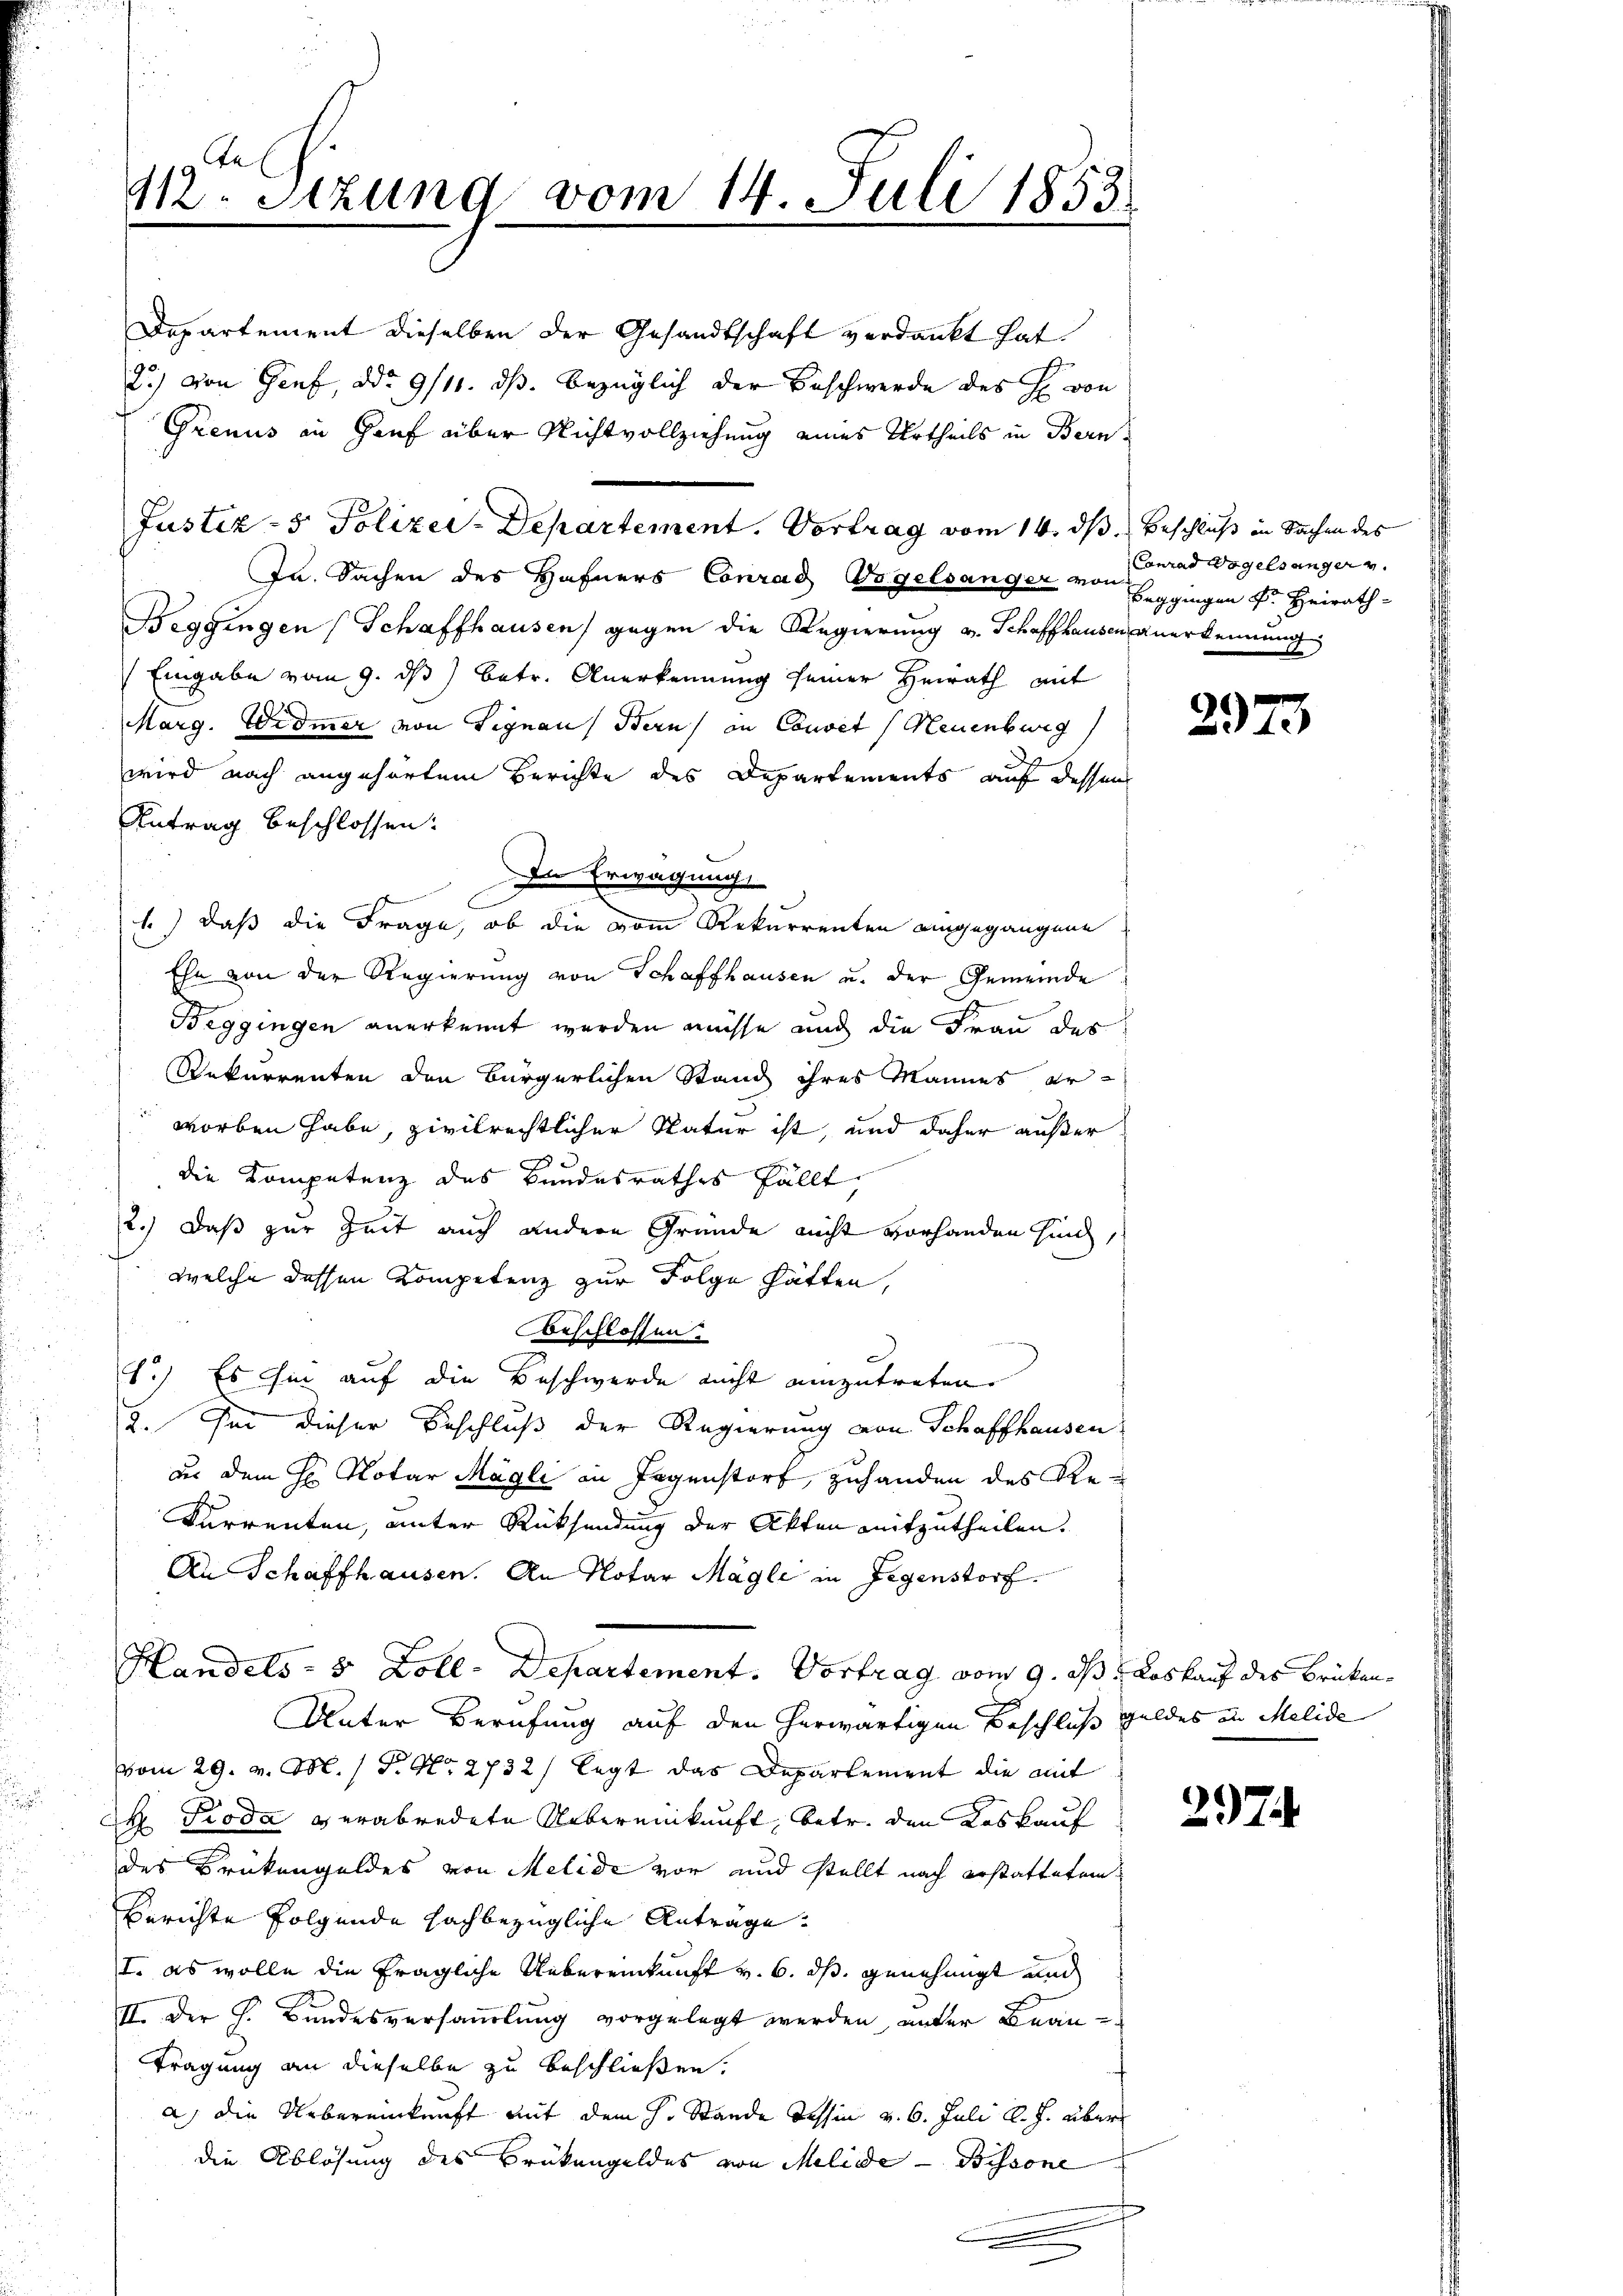
Departement dieselben der Gesandtschaft verdankt hat.
2) von Genf, ddo 9/11. ds. bezüglich der Beschwerde des H. von
Grenus in Gruf über Nichtvollziehung eines Urtheils in Bern
In Sachen des Hafners Conrad Vogelsanger von Beggingen Dr. Heirath-
Beggingen (Schaffhausen) gegen die Regierung v. Schaffhausen anerkennung
Eingabe vom 9. ds betr. Anerkennung seiner Heirath mit
Marg. Widmer von Signau, Bern in Convet (Neuenburg
wird nach angehörtem Berichte des Departements auf dessen
Antrag beschlossen:
In Erwägung
1.) daß die Frage, ob die vom Rekurrenten eingegangene
Ehe von der Regierung von Schaffhausen u. der Gemeinde
Beggingen anerkennt werden müsse und die Frau des
Rekurrenten den Bürgerlichen Stand ihres Mannes erworben habe, zivilrechtlicher Natur ist, und daher außer
die Kompetenz des Bundesrathes fällt
2.) Daß zur Zeit auch andere Gründe nicht vorhanden sind,
welche dessen Kompetenz zur Folge hatten,
vrschlossen.
1.) Es hin auf die Beschwerde nicht einzutreten.
2. Sei dieser Beschluß der Regierung von Schaffhausen
aus dem H. Notar Magli in Gegenstorf, zuhanden des Re¬
Furrenten, unter Rücksendung der Akten mitzutheilen.
An Schaffhausen. An Notar Magle in Gegenstorf.
Handels- 5 Zoll-Departement. Vortrag vom 9. ds Loskauf des Brüken¬
Unter Berufung auf den herwärtigen Beschluß geldes in Melide
vom 29. v. M. (T. No. 2732/ legt das Departement die mit
H Proda verabredete Uebereinkunft, betr. den Koskauf
des Brükengeldes von Melide vor und stellt nach erstattetem
Berichte folgende hachbezügliche Antrage.
I. es wolle die fragliche Uebereinkunft v. 6. ds genehmigt und
II. Der h. Bundesversammlung vorgelegt werden, unter Bean¬
Tragung an dieselbe zu beschließen.
a) die Uebereinkunft mit dem H. Stande Tessin v. 6. Juli l. J. über
die Ablösung des Brükengeldes von Melide – Bissone
.

112. Stzung vom 14. Juli 1853

Justiz - 5. Polizer-Departement. Vortrag vom 14. ds Beschluß in Sachen des

Conrad Vogelsanger u.

2979

297